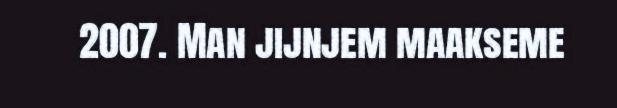
2007. Man jijnjem maakseme